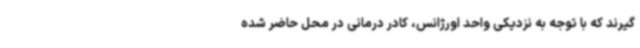
گیرند که با توجه به نزدیکی واحد اورژانس، کادر درمانی در محل حاضر شده